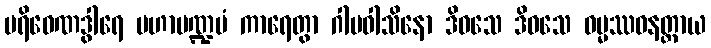
ပရိဝေဏဒွါရေ မဟာမဏ္ဍပံ ကာရေတွာ ဂါမဝါသိနော ဒိဝသေ ဒိဝသေ ဓမ္မဿဝနတ္ထာယ